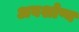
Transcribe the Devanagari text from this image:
अवशोष्य